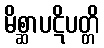
မိစ္ဆာပဋိပတ္တိ